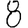
Digit: 8